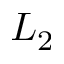
L _ { 2 }